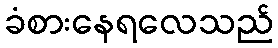
ခံစားနေရလေသည်